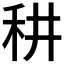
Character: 𥝷